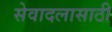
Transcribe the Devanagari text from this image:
सेवादलासाठी